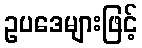
ဥပဒေများဖြင့်